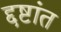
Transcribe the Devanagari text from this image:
द्दष्टांत